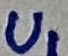
Text: U1